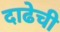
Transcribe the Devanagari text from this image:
दाढेची